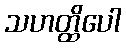
သဟတ္ထိပေါ